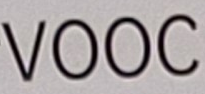
VOOC